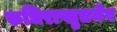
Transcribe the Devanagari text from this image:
रुधिराप्लुतमेव